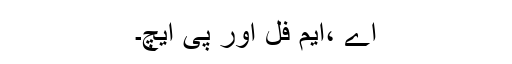
اے ،ایم فل اور پی ایچ۔